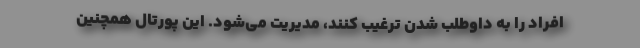
افراد را به داوطلب شدن ترغیب کنند، مدیریت می‌شود. این پورتال همچنین